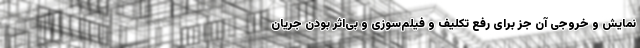
نمایش و خروجی آن جز برای رفع تکلیف و فیلم‌سوزی و بی‌اثر بودن جریان